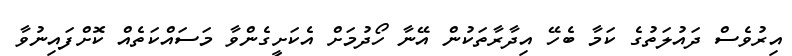
އިރުވެސް ދައުލަތުގެ ކަމާ ބެހޭ އިދާރާތަކުން އޭނާ ހޯދުމަށް އެކަށީގެންވާ މަސައްކަތެއް ކޮށްފައިނުވާ